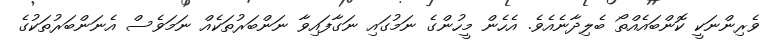
ވެރިންނަކީ ކޮންބައެއްތޯ ބެލިދާނެއެވެ. އެހެން މީހުންގެ ނަމުގައި ނަގާފައިވާ ނަންބަރުތަކެއް ނަމަވެސް އެނަންބަރުތަކުގެ